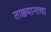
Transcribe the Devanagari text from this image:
ताछ्यानाचा